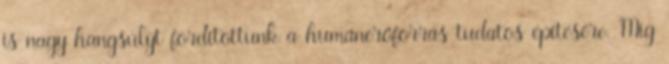
is nagy hangsúlyt fordítottunk a humánerôforrás tudatos építésére. Míg